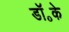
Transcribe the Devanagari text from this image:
डॉ॰के